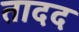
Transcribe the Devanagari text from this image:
तादद